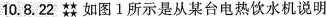
10.8.22 ★★★★ 如图1所示是从某台电热饮水机说明